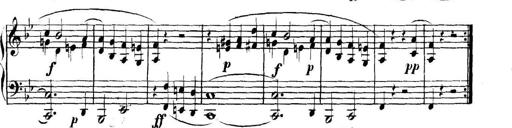
Title: Collected Piano Sonatas
Composer: Muzio Clementi